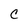
Character: C